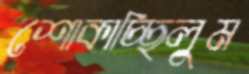
শোকাচ্ছিলুম